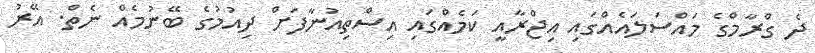
ދެ ގްރާމްގެ މައްސަލައެއްގައި އިޖްރާއީ ކަމެއްގައި އިސްތިއުނާފަށް ދިއުމުގެ ބޭނުމެއް ނެތް. އޭރު